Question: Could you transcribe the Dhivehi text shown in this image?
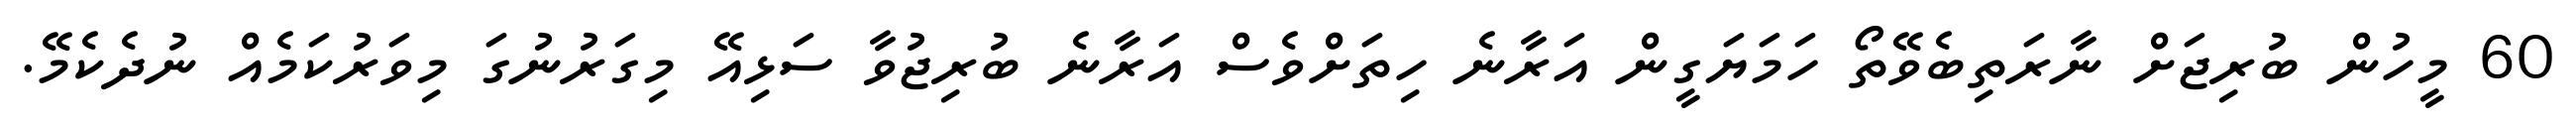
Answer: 60 މީހުން ބުރިޖަށް ނާރަތިބެވޭތޯ ހަމަޔަގީން އަރާނެ ހިތަށްވެސް އަރާނެ ބުރިޖުވާ ސަޅިއޭ މިގަރުނުގަ މިވަރުކަމެއް ނުދެކެމޭ.